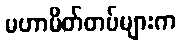
မဟာမိတ်တပ်များက